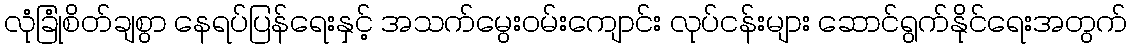
လုံခြုံစိတ်ချစွာ နေရပ်ပြန်ရေးနှင့် အသက်မွေးဝမ်းကျောင်း လုပ်ငန်းများ ဆောင်ရွက်နိုင်ရေးအတွက်